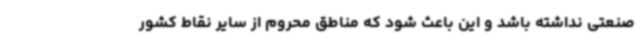
صنعتی نداشته باشد و این باعث ‌شود که مناطق محروم از سایر نقاط کشور